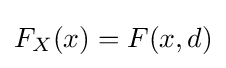
F_{X}(x)=F(x,d)